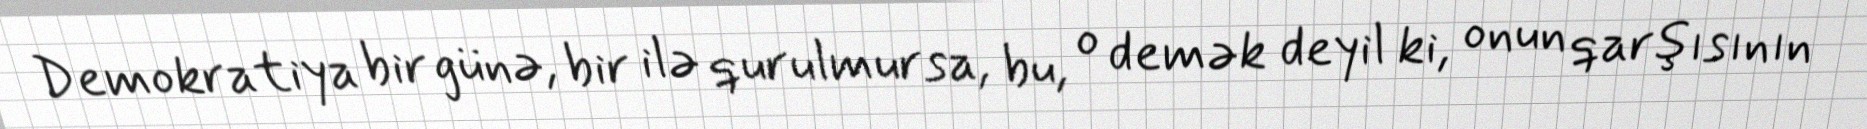
Demokratiya bir günə, bir ilə qurulmursa, bu, o demək deyil ki, onun qarşısının